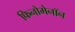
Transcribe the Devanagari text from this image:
फिनोमेनॉन